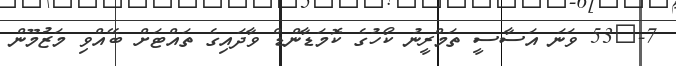
7-	53 ވަނަ އަސާސީ ތަމްރީނު ކޯހުގެ ކޮމަޑާންޑް ވާދައިގެ ތައްޓަށް ބޭއްވި މަޒުމޫން